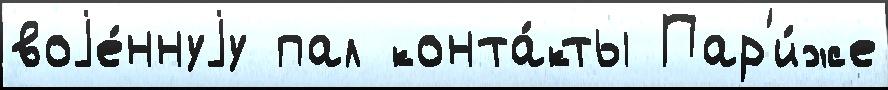
воjе́ннуjу пал конта́кты Пар'и́же